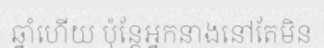
ឆ្នាំហើយ ប៉ុន្តែអ្នកនាងនៅតែមិន